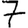
Digit: 7